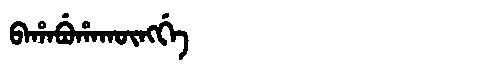
Manchu: ᠪᠠᡥᠠᠪᡠᡥᠠᡴᡡᠩᡤᡝ
Romanization: BAHABUHAKŪNGGE